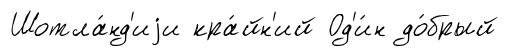
Шотла́нд'иjи кра́йн'ий Од'и́н до́брый